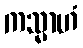
ကသ္မာဟံ